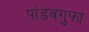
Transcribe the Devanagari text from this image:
पांडवगुफा